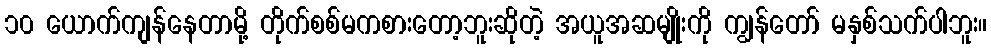
၁၀ ယောက်ကျန်နေတာမို့ တိုက်စစ်မကစားတော့ဘူးဆိုတဲ့ အယူအဆမျိုးကို ကျွန်တော် မနှစ်သက်ပါဘူး။